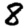
Digit: 8